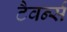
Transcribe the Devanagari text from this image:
टैवर्न्स